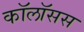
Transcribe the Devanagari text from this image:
कॉलॉसस